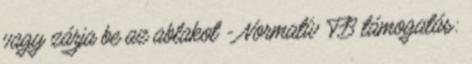
vagy zárja be az ablakot - Normatív TB támogatás: